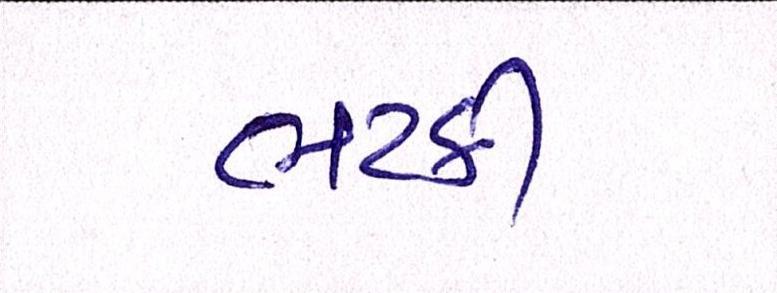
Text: ભટકી